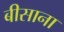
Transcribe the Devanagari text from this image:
बीसाना